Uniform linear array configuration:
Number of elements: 48
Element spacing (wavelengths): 1
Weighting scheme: hann
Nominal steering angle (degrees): -45
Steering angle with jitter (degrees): -44.592
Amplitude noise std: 0.05
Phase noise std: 0.05

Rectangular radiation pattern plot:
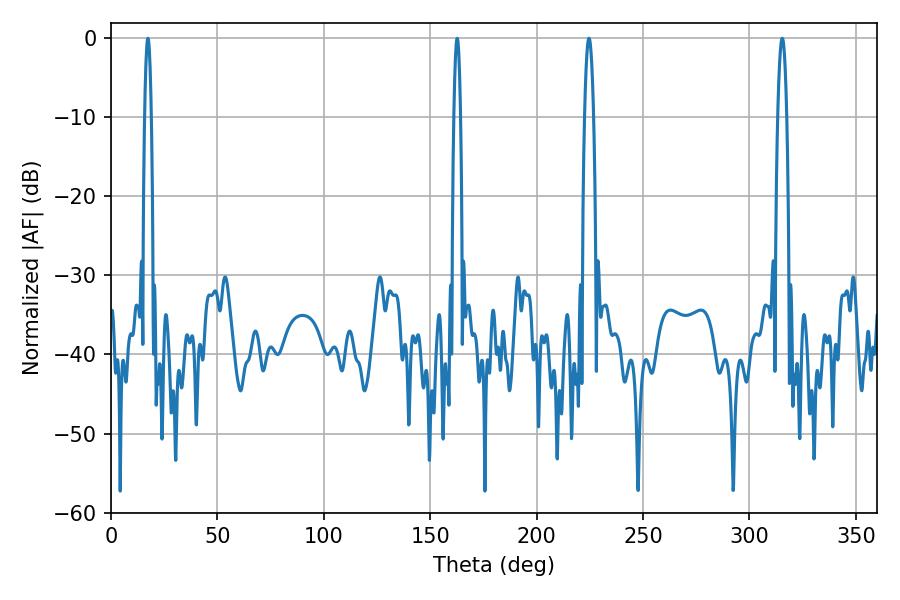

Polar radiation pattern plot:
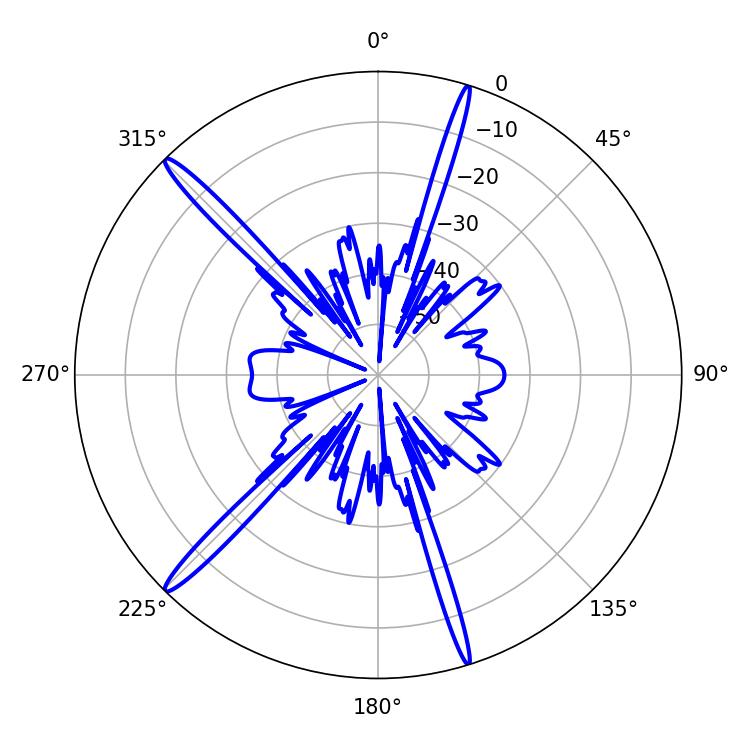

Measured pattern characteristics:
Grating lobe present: TRUE
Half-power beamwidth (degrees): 2.34
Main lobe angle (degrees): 315.36